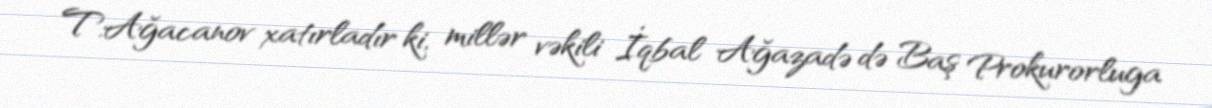
T.Ağacanov xatırladır ki, millər vəkili İqbal Ağazadə də Baş Prokurorluga